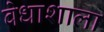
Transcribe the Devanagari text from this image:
वेधाशाला